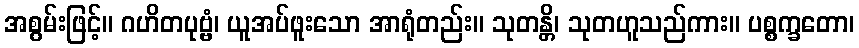
အစွမ်းဖြင့်။ ဂဟိတပုဗ္ဗံ၊ ယူအပ်ဖူးသော အာရုံတည်း။ သုတန္တိ၊ သုတဟူသည်ကား။ ပစ္စက္ခတော၊